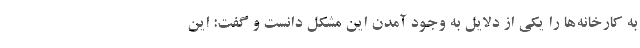
به کارخانه‌ها را یکی از دلایل به وجود آمدن این مشکل دانست و گفت: این